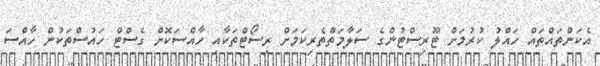
އެކަންތައްތައް ހައްލު ކުރުމަށް ޓޫރިސްޓުންގެ ސަލާމަތްތެރިކަމަށް ރިސޯޓްތަކާއި ހާއްސަކޮށް ގެސްޓް ހައުސްތަކުން ހާއްސަ